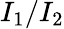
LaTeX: I_{1}/I_{2}